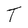
Character: T